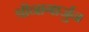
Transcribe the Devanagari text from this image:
श्रीनागार्जुन